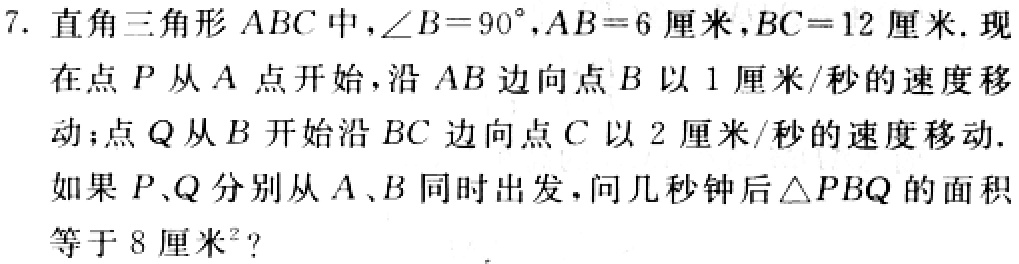
7. 直角三角形 \(ABC\) 中，\(\angle B = 90^{\circ}\)，\(AB = 6\) 厘米，\(BC = 12\) 厘米. 现在点 \(P\) 从 \(A\) 点开始，沿 \(AB\) 边向点 \(B\) 以 \(1\) 厘米/秒的速度移动；点 \(Q\) 从 \(B\) 开始沿 \(BC\) 边向点 \(C\) 以 \(2\) 厘米/秒的速度移动. 如果 \(P\)、\(Q\) 分别从 \(A\)、\(B\) 同时出发，问几秒钟后 \(\triangle PBQ\) 的面积等于 \(8\) 厘米\(^{2}\)？